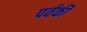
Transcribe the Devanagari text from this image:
पर्वकी